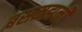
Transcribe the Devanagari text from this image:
बसमझनी